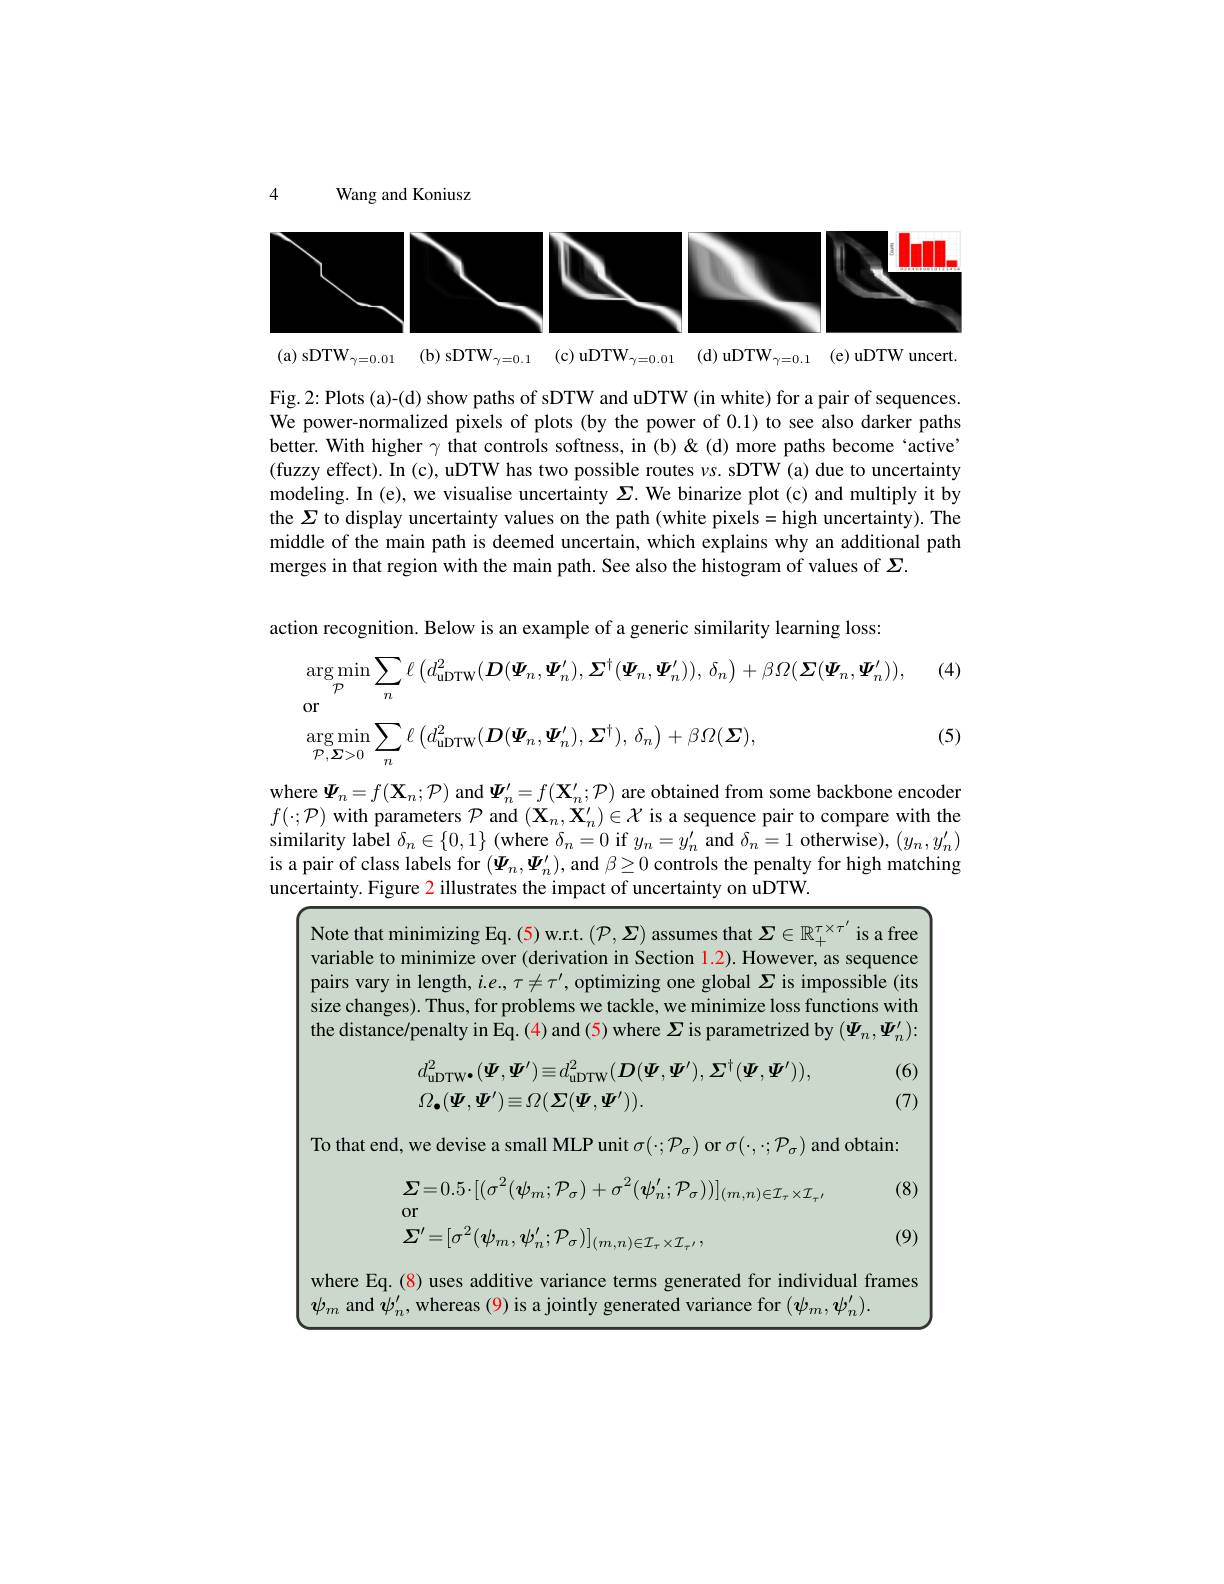
4

Wang and Koniusz

<FigureHere>

( a) sDT$W_{\gamma = 0. 01}\:$( b) sDT$W_{\gamma = 0. 1}\:$( c) uDT$W_{\gamma = 0. 01}\:$( d) uDT$W_{\gamma = 0. 1}\:$( e) uDTW uncert.

Fig.2: Plots (a)-(d) show paths of sDTW and uDTW (in white) for a pair of sequences. We power-normalized pixels of plots (by the power of 0.1) to see also darker paths better. With higher $\gamma$ that controls softness, in (b)&(d) more paths become‘active’ (fuzzy effect). In (c), uDTW has two possible routes $\nu s.$ sDTW (a) due to uncertainty modeling. In (e), we visualise uncertainty $\Sigma$. We binarize plot (c) and multiply it by the $\Sigma$ to display uncertainty values on the path (white pixels=high uncertainty). The middle of the main path is deemed uncertain, which explains why an additional path merges in that region with the main path. See also the histogram of values of $\Sigma.$

action recognition. Below is an example of a generic similarity learning loss

(4)
$$\begin{aligned}&\arg\operatorname*{min}_{\mathcal{P}}\sum_{n}\ell\left(d_{\mathrm{uDTW}}^{2}(\boldsymbol{D}(\boldsymbol{\Psi}_{n},\boldsymbol{\Psi}_{n}^{\prime}),\boldsymbol{\Sigma}^{\dagger}(\boldsymbol{\Psi}_{n},\boldsymbol{\Psi}_{n}^{\prime})),\:\delta_{n}\right)+\beta\Omega(\boldsymbol{\Sigma}(\boldsymbol{\Psi}_{n},\boldsymbol{\Psi}_{n}^{\prime})),\\&\arg\operatorname*{min}_{\mathcal{P},\boldsymbol{\Sigma}>0}\sum_{n}\ell\left(d_{\mathrm{uDTW}}^{2}(\boldsymbol{D}(\boldsymbol{\Psi}_{n},\boldsymbol{\Psi}_{n}^{\prime}),\boldsymbol{\Sigma}^{\dagger}),\:\delta_{n}\right)+\beta\Omega(\boldsymbol{\Sigma}),\end{aligned}$$
(5)

where $\Psi_n=f(\mathbf{X}_n;\mathcal{P})$ and $\boldsymbol\Psi_n^\prime=f(\mathbf{X}_n^\prime;\mathcal{P})$ are obtained from some backbone encoder $f(\cdot;\mathcal{P})$ with parameters $\mathcal{P}$ and $(\mathbf{X}_n,\mathbf{X}_n^{\prime})\in\mathcal{X}$ is a sequence pair to compare with the similarity label $\delta_n\in\{0,1\}$ (where $\delta_n=0$ if $y_n=y_n^\prime$ and $\delta_n=1$ otherwise), $(y_n,y_n^{\prime})$ is a pair of class labels for $(\boldsymbol{\Psi}_n,\boldsymbol{\Psi}_n^{\prime})$, and $\beta\geq0$ controls the penalty for high matching uncertainty. Figure 2 illustrates the impact of uncertainty on uDTW.

Note that minimizing Eq. (5) w.r.t. $(\mathcal{P},\boldsymbol{\Sigma})$ assumes that $\boldsymbol{\Sigma}\in\mathbb{R}_+^{\tau\times\tau^{\prime}}$ is a free variable to minimize over (derivation in Section $\color{red}{1.2}).$ However, as sequence pairs vary in length, $i.e.,\tau\neq\tau^{\prime}$, optimizing one global $\Sigma$ is impossible (its size changes). Thus, for problems we tackle, we minimize loss functions with the distance/penalty in Eq. (4) and (5) where $\Sigma$ is parametrized by $(\Psi_n,\Psi_n^{\prime}):$

(6)
$$\begin{aligned}&d_{\mathrm{uDTW}\bullet}^{2}(\boldsymbol{\Psi},\boldsymbol{\Psi}^{\prime})\equiv d_{\mathrm{uDTW}}^{2}(\boldsymbol{D}(\boldsymbol{\Psi},\boldsymbol{\Psi}^{\prime}),\boldsymbol{\Sigma}^{\dagger}(\boldsymbol{\Psi},\boldsymbol{\Psi}^{\prime})),\\&\Omega_{\bullet}(\boldsymbol{\Psi},\boldsymbol{\Psi}^{\prime})\equiv\Omega(\boldsymbol{\Sigma}(\boldsymbol{\Psi},\boldsymbol{\Psi}^{\prime})).\end{aligned}$$
(7)

To that end, we devise a small MLP unit $\sigma(\cdot;\mathcal{P}_\sigma)$ or $\sigma(\cdot,\cdot;\mathcal{P}_\sigma)$ and obtain:
(8)
$$\begin{aligned}&\boldsymbol{\Sigma}=0.5\cdot[(\sigma^{2}(\psi_{m};\mathcal{P}_{\sigma})+\sigma^{2}(\psi_{n}^{\prime};\mathcal{P}_{\sigma}))]_{(m,n)\in\mathcal{I}_{\tau}\times\mathcal{I}_{\tau^{\prime}}}\\&\text{or}\\&\boldsymbol{\Sigma}^{\prime}=[\sigma^{2}(\boldsymbol{\psi}_{m},\boldsymbol{\psi}_{n}^{\prime};\mathcal{P}_{\sigma})]_{(m,n)\in\mathcal{I}_{\tau}\times\mathcal{I}_{\tau^{\prime}}},\end{aligned}$$
(9)

where Eq. (8) uses additive variance terms generated for individual frames
$\psi_m$ and $\psi_n^{\prime}$, whereas (9) is a jointly generated variance for $(\psi_m,\psi_n^{\prime}).$